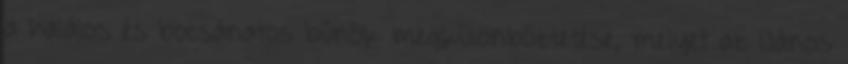
a halálos és bocsánatos bűnök megkülönböztetése, melyet az 1János